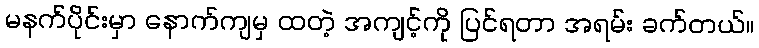
မနက်ပိုင်းမှာ နောက်ကျမှ ထတဲ့ အကျင့်ကို ပြင်ရတာ အရမ်း ခက်တယ်။